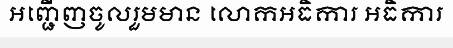
អញ្ជើញចូលរួមមាន លោកអធិការ អធិការ